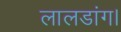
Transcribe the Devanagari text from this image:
लालडांग।